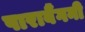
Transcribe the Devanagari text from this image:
पाराबैंगनी